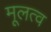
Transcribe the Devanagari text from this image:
मूलत्व